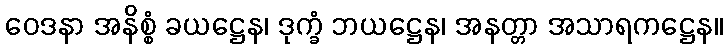
ဝေဒနာ အနိစ္စံ ခယဋ္ဌေန၊ ဒုက္ခံ ဘယဋ္ဌေန၊ အနတ္တာ အသာရကဋ္ဌေန။